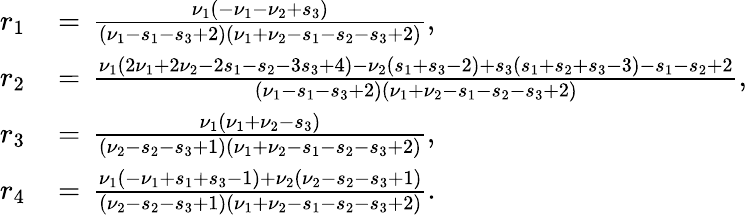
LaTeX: \begin{array}{rl}{r_{1}}&{\, =\, \frac{\nu_{1}(-\nu_{1}-\nu_{2}+s_{3})}{(\nu_{1}-s_{1}-s_{3}+2)(\nu_{1}+\nu_{2}-s_{1}-s_{2}-s_{3}+2)},}\\ {r_{2}}&{\, =\, \frac{\nu_{1}(2\nu_{1}+2\nu_{2}-2s_{1}-s_{2}-3s_{3}+4)-\nu_{2}(s_{1}+s_{3}-2)+s_{3}(s_{1}+s_{2}+s_{3}-3)-s_{1}-s_{2}+2}{(\nu_{1}-s_{1}-s_{3}+2)(\nu_{1}+\nu_{2}-s_{1}-s_{2}-s_{3}+2)},}\\ {r_{3}}&{\, =\, \frac{\nu_{1}(\nu_{1}+\nu_{2}-s_{3})}{(\nu_{2}-s_{2}-s_{3}+1)(\nu_{1}+\nu_{2}-s_{1}-s_{2}-s_{3}+2)},}\\ {r_{4}}&{\, =\, \frac{\nu_{1}(-\nu_{1}+s_{1}+s_{3}-1)+\nu_{2}(\nu_{2}-s_{2}-s_{3}+1)}{(\nu_{2}-s_{2}-s_{3}+1)(\nu_{1}+\nu_{2}-s_{1}-s_{2}-s_{3}+2)}.}\end{array}